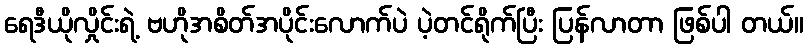
ရေဒီယိုလှိုင်းရဲ့ ဗဟိုအစိတ်အပိုင်းလောက်ပဲ ပဲ့တင်ရိုက်ပြီး ပြန်လာတာ ဖြစ်ပါ တယ်။